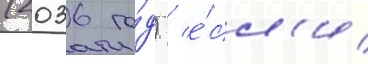
(2036 го́д) / е́сл'и